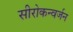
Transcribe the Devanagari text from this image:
सीरोकन्वर्जन